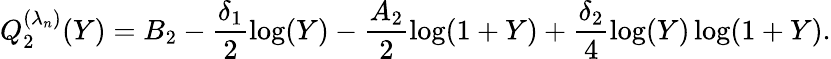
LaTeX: Q_{2}^{(\lambda_{n})}(Y)=B_{2}-\frac{\delta_{1}}{2}\log(Y)-\frac{A_{2}}{2}\log(1+Y)+\frac{\delta_{2}}{4}\log(Y)\log(1+Y).